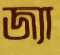
জ্যা